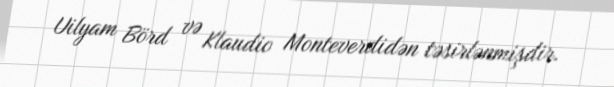
Uilyam Börd və Klaudio Monteverdidən təsirlənmişdir.